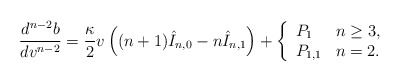
\begin{align*} \frac{d^{n-2}b}{dv^{n-2}}=\frac{\kappa}{2}v\left((n+1)\hat{I}_{n,0}-n\hat{I}_{n,1}\right)+\left\{ \begin{array}{ll} P_1 & n\geq 3,\\ P_{1,1}& n=2. \end{array}\right.\end{align*}